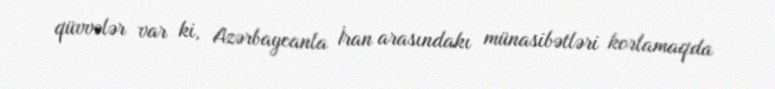
qüvvələr var ki, Azərbaycanla İran arasındakı münasibətləri korlamaqda